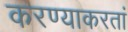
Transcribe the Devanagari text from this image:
करण्याकरतां